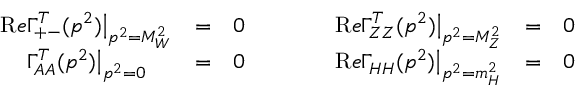
\begin{array} { l c c c l c c } { { { \mathrm R e } \Gamma _ { + - } ^ { T } ( p ^ { 2 } ) \big | _ { p ^ { 2 } = M _ { W } ^ { 2 } } } } & { { = } } & { { 0 } } & { { \qquad } } & { { { \mathrm R e } \Gamma _ { Z Z } ^ { T } ( p ^ { 2 } ) \big | _ { p ^ { 2 } = M _ { Z } ^ { 2 } } } } & { { = } } & { { 0 } } \\ { { \phantom { \mathrm R e } \Gamma _ { A A } ^ { T } ( p ^ { 2 } ) \big | _ { p ^ { 2 } = 0 } } } & { { = } } & { { 0 } } & { { \qquad } } & { { { \mathrm R e } \Gamma _ { H H } ( p ^ { 2 } ) \big | _ { p ^ { 2 } = m _ { H } ^ { 2 } } } } & { { = } } & { { 0 } } \end{array}